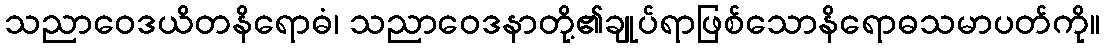
သညာဝေဒယိတနိရောဓံ၊ သညာဝေဒနာတို့၏ချုပ်ရာဖြစ်သောနိရောဓသမာပတ်ကို။